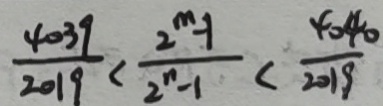
\frac { 4 0 3 9 } { 2 0 1 9 } < \frac { 2 ^ { m } - 1 } { 2 _ { n } - 1 } < \frac { 4 0 4 0 } { 2 0 1 9 }